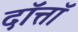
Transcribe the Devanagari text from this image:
दॉत्तॉ